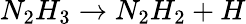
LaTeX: N_{2}H_{3}\rightarrow N_{2}H_{2}+H